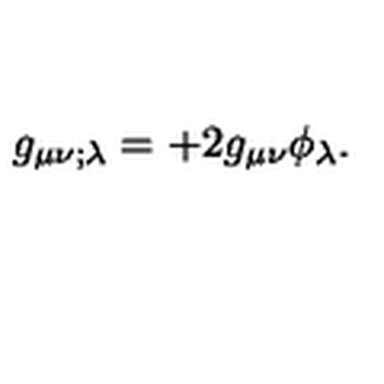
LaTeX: g _ { \mu \nu ; \lambda } = + 2 g _ { \mu \nu } \phi _ { \lambda } .